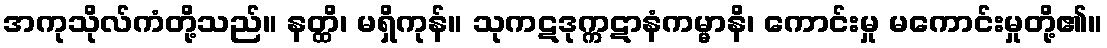
အကုသိုလ်ကံတို့သည်။ နတ္ထိ၊ မရှိကုန်။ သုကဋဒုက္ကဋာနံကမ္မာနိ၊ ကောင်းမှု မကောင်းမှုတို့၏။